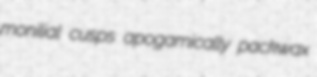
monilial cusps apogamically packwax